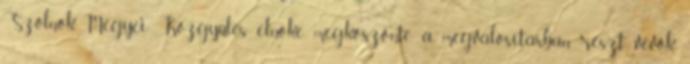
Szolnok Megyei Közgyûlés elnöke megköszönte a megvalósításban részt vevõk